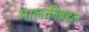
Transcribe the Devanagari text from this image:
मालकीबद्दल